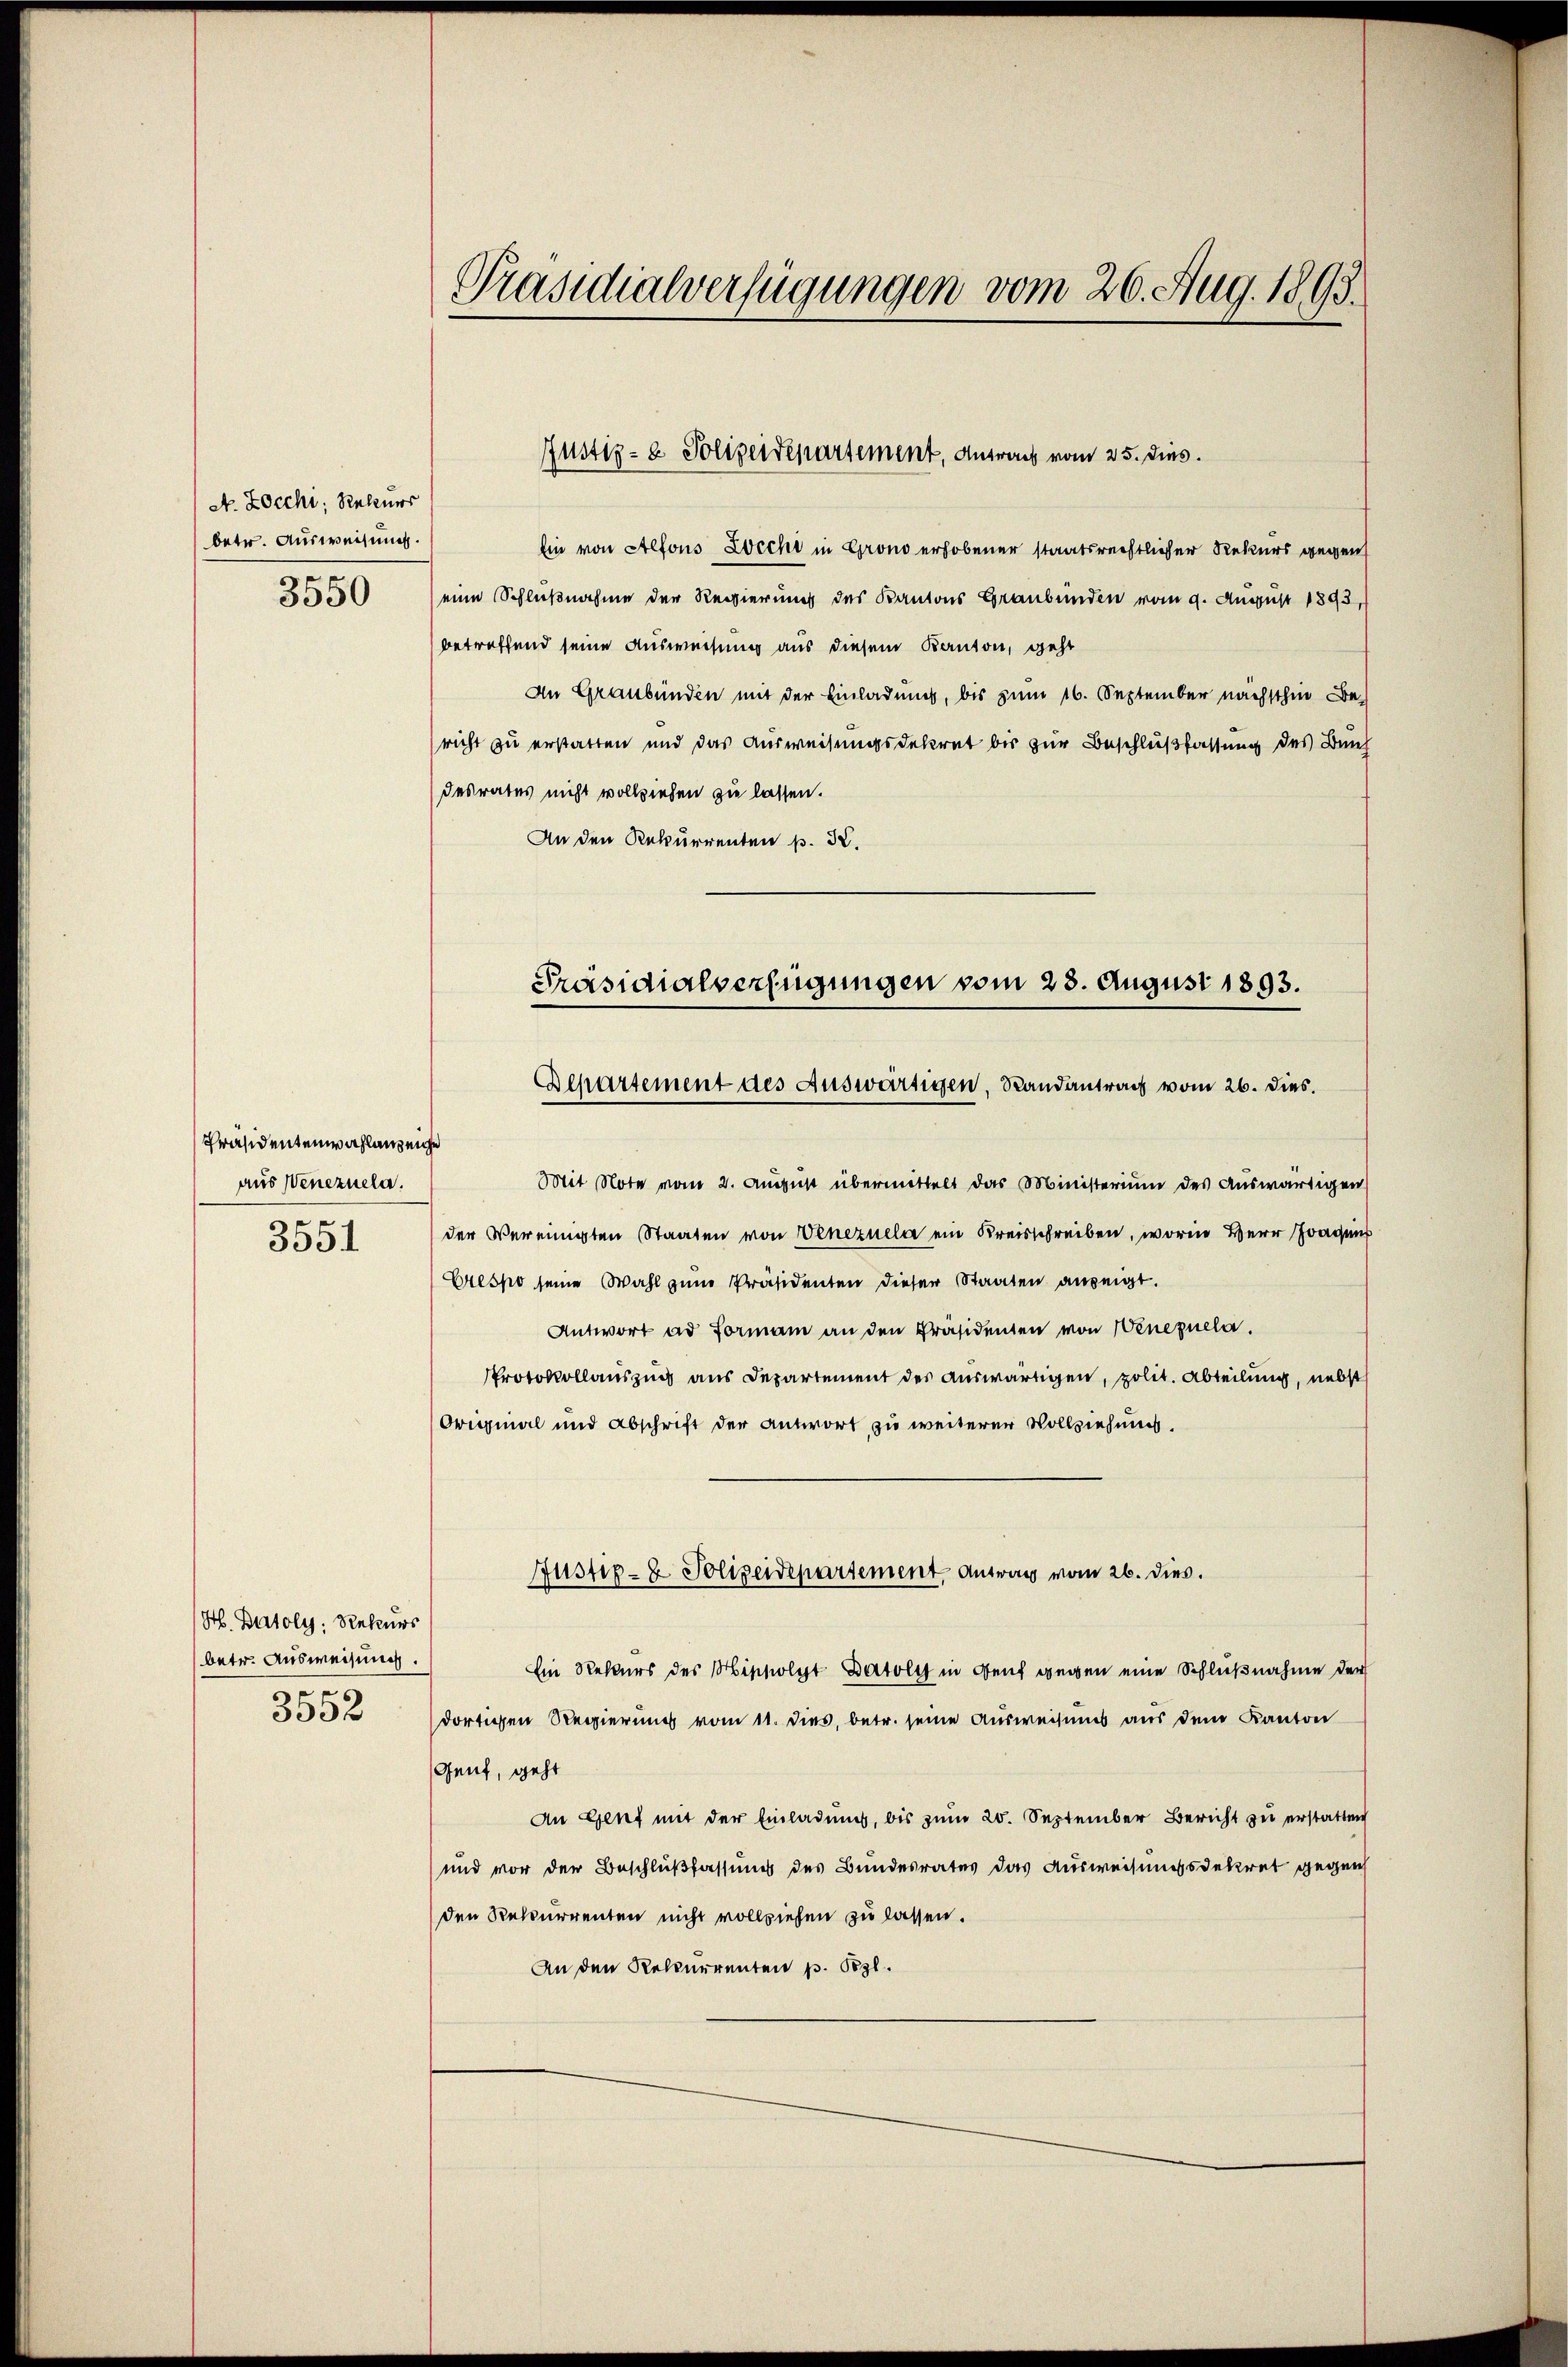
A. Zocchi, Rebener
betr. Ausweisung.
3550

Präsidentenwahlanzeiche
aus Venezuela.
3551

H. Batoly, Rekurs
betr. Ausweisung.
3552

Präsidialverfügungen vom 20. Aug. 1893.

Ein von Alfons Zecht in Grono erhobener staatsrechtlicher Rekurs gegen
eine Schlußnahme der Regierung des Kantons Graubünden vom 9. August 1893,
betreffend seine Ausweisung aus diesem Kanton, geht
An Graubünden mit der Einladung, bis zum 16. September nächsthin Be-
richt zu erstatten und das Ausweisungsdekret bis zur Beschlußfassung des Beih
desrates nicht vollziehen zu lassen.
An den Rekurrenten p. 2.
Präsidialverfügungen vom 23. August 1893.

Justiz- & Polizeidepartement, Antrag vom 25. dies

Bepartement des Auswärtigen, Randantrag vom 26. dies.

Justiz- & Polizeidepartement. Antrag vom 26. dies.

Mit Note vom 2. August übermittelt das Ministerium des Auswärtigen
der Vereinigten Staaten von Venezuela ein Kreisschreiben, worin Herr Fragens
Crespo seine Wahl zum Präsidenten dieser Staaten anzeigt.
Antwort ad Forman an den Präsidenten von Wenezuela
Protokollauszug aus Departement des Auswärtigen, polit. Abteilung, nebst
Original und Abschrift der antwort zu weiterer Vollziehung.
Ein Rekurs des Hippolyt Datoly in Genf gegen eine Schlußnahme der
dortigen Regierung vom 11. dies, betr. seine Ausweisung aus dem Kanton
Gent, geht
An Genf mit der Einladung, bis zum 20. September Bericht zu erstatten
und vor der Beschlußfassung des Bundesrates das Ausweisungsdekret gegen
den Rekurrenten nicht vollziehen zu lassen.
An den Relcurrenten p. Pzl.